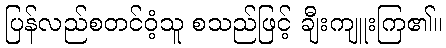
ပြန်လည်စတင်ဝံ့သူ စသည်ဖြင့် ချီးကျူးကြ၏။